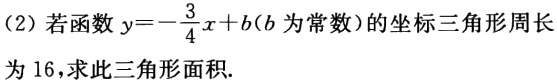
(2) 若函数\(y = -\frac{3}{4}x + b\) (\(b\)为常数)的坐标三角形周长为16，求此三角形面积.